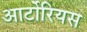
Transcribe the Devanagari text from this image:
आर्टोरियस